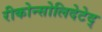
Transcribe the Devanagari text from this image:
रीकोन्सोलिदेटेद्